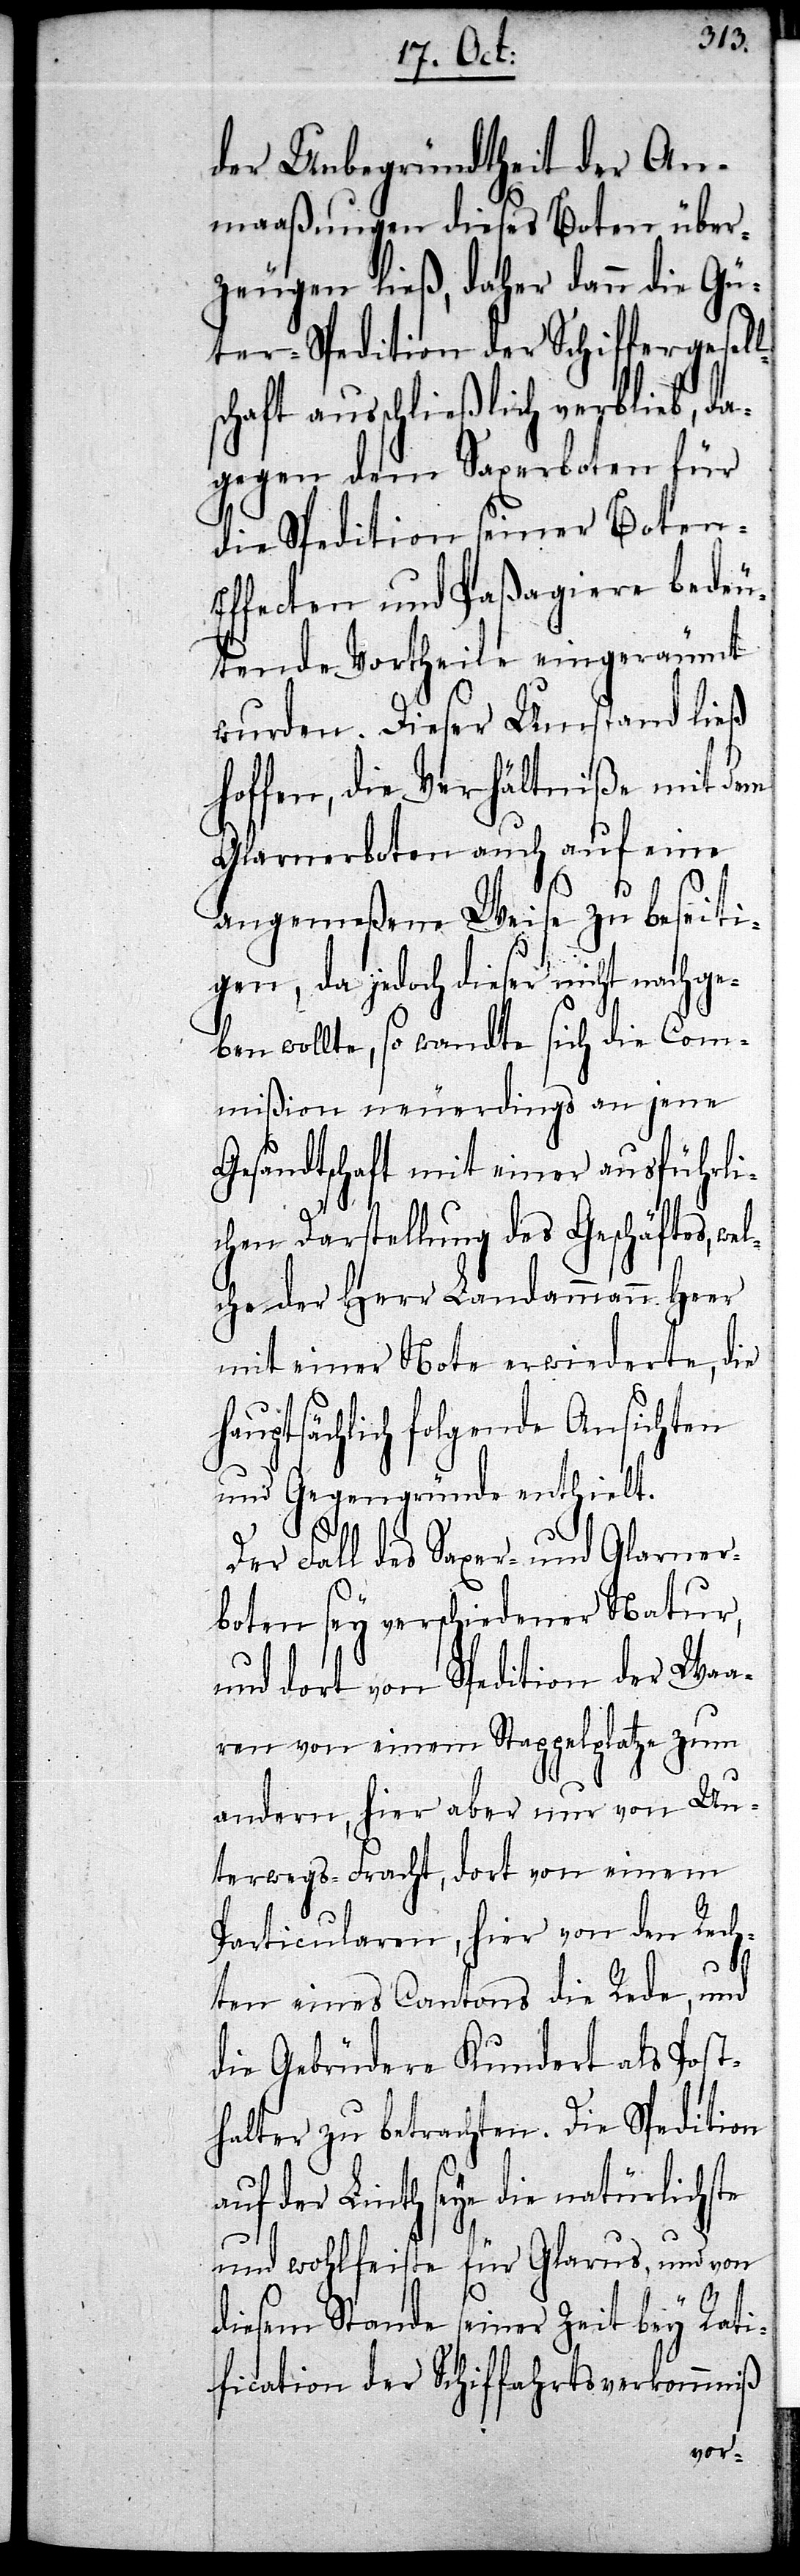
der Unbegründtheit der An¬
maaßungen dieses Boten über¬
zeugen ließ, daher dann die Gü¬
ter-Spedition der Schiffergesell¬
schaft ausschließlich verblieb, da¬
gegen dem Saxerboten für
die Spedition seiner Boten-E¬
ffecten und Paßagiere bedeu¬
tende Vortheile eingeräumt
wurden. Dieser Umstand ließ
hoffen, die Verhältniße mit dem
Glarnerboten auch auf eine
angemeßene Weise zu beseiti¬
gen, da jedoch dieser nicht nachge¬
ben wollte, so wandte sich die Com¬
mißion neuerdings an jene
Gesandtschaft mit einer ausführli¬
chen Darstellung des Geschäftes, we¬
lche der Herr Landammann Heer
mit einer Note erwiederte, die
hauptsächlich folgende Ansichten
und Gegengründe enthielt.
Der Fall des Saxer- und Glarner¬
boten sey verschiedener Natur,
und dort von Spedition der Waa¬
ren von einem Stappelplatze zum
andern, hier aber nur von Un¬
terwegs-Fracht, dort von einem
Particularen, hier von den Rech¬
ten eines Cantons die Rede, und
die Gebrüder Kundert als Post¬
halter zu betrachten. Die Spedition
auf der Linth seye die natürlichste
und wohlfeilste für Glarus, und von
diesem Stande seiner Zeit bey Rati¬
fication der Schiffahrtsverkommniß